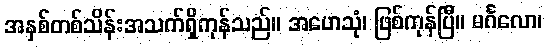
အနှစ်တစ်သိန်းအသက်ရှိကုန်သည်။ အဟေသုံ၊ ဖြစ်ကုန်ပြီ။ မင်္ဂလော၊